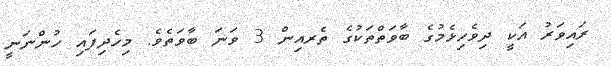
ރައިވަރު އަކީ ދިވެހިޅެމުގެ ބާވަތްތަކުގެ ތެރއިން 3 ވަނަ ބާވަތެވެ. މިހެދިފައި ހުންނަނީ